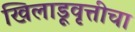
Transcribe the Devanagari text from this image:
खिलाडूवृत्तीचा